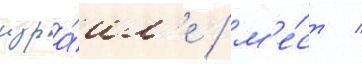
изра́ил'е / м'е́ст /